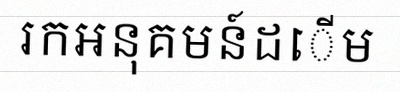
រកអនុគមន៍ដើម